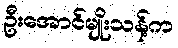
ဦးအောင်မျိုးသန့်က